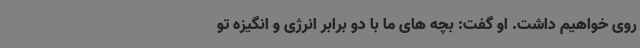
روی خواهیم داشت. او گفت: بچه های ما با دو برابر انرژی و انگیزه تو